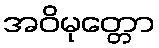
အဝိမုတ္တော